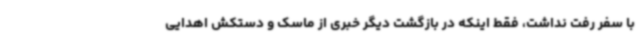
با سفر رفت نداشت، فقط اینکه در بازگشت دیگر خبری از ماسک و دستکش اهدایی